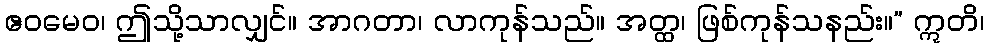
ဧဝမေဝ၊ ဤသို့သာလျှင်။ အာဂတာ၊ လာကုန်သည်။ အတ္ထ၊ ဖြစ်ကုန်သနည်း။” ဣတိ၊